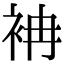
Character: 袡